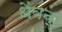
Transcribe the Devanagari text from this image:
थेंबन्